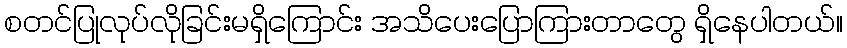
စတင်ပြုလုပ်လိုခြင်းမရှိကြောင်း အသိပေးပြောကြားတာတွေ ရှိနေပါတယ်။